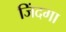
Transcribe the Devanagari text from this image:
जिंदगा